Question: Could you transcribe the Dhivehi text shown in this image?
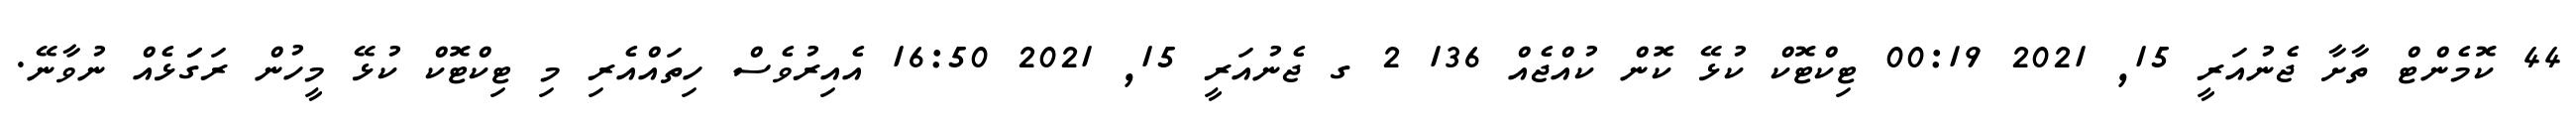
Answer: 44 ކޮމެންޓް ތާށާ ޖެނުއަރީ 15, 2021 00:19 ޓިކްޓޮކް ކުޅޭ ކޮން ކުއްޖެއް 136 2 ގ ޖެނުއަރީ 15, 2021 16:50 އެއިރުވެސް ހިތައްއެރި މި ޓިކްޓޮކް ކުޅޭ މީހުން ރަގަަޅެއް ނުވާނޭ.